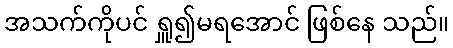
အသက်ကိုပင် ရှူ၍မရအောင် ဖြစ်နေ သည်။